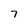
Character: 7